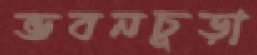
ভবনচূড়া